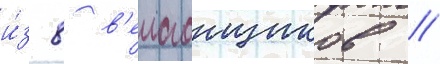
и́з 8 в'елогонщиков //